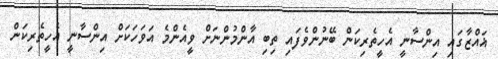
ޣައްޒާގައި އިންސާނީ އެހީތެރިކަން ބޭނުންވެފައި ތިބި އާންމުންނަށް ވީއެންމެ އަވަހަކަށް އިންސާނީ އެހީތެރިކަން